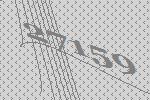
27159